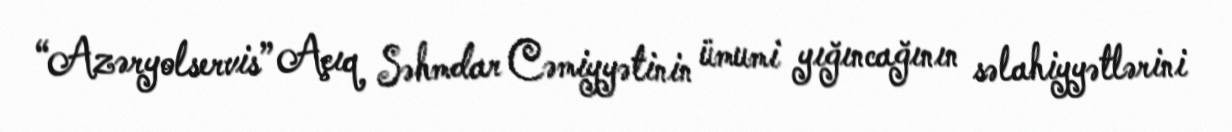
“Azəryolservis” Açıq Səhmdar Cəmiyyətinin ümumi yığıncağının səlahiyyətlərini